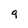
Character: g